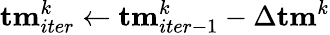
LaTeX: {\mathbf{tm}}_{iter}^{k}\gets{\mathbf{tm}}_{iter-1}^{k}-\Delta{\mathbf{tm}}^{k}